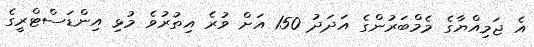
އެ ޖަމިއްޔާގެ މެމްބަރުންގެ އަދަދު 150 އަށް ވުރެ އިތުރުވެ މުޅި އިންޑަސްޓްރީގެ